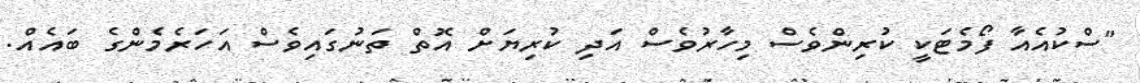
"ސްކުއެއާ ފޯމެޓަކީ ކުރިންވެސް މިހާރުވެސް އަދި ކުރިޔަށް އޮތް ތަނުގައިވެސް އަހަރެމެންގެ ބައެއް.